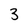
Character: 3